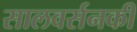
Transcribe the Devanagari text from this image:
सालवर्सनकी